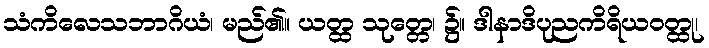
သံကိလေသဘာဂိယံ၊ မည်၏။ ယတ္ထ သုတ္တေ၊ ၌။ ဒါနာဒိပုညကိရိယဝတ္ထု၊